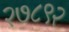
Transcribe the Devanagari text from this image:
२७८९२